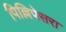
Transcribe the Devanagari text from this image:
पिल्लिपेसरा